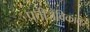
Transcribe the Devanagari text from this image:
प्रतीजैविकांवर